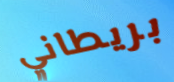
بريطاني